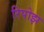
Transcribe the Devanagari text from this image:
रिपोझ